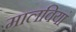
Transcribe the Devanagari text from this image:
मालवियां